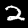
Digit: 2